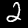
Digit: 2